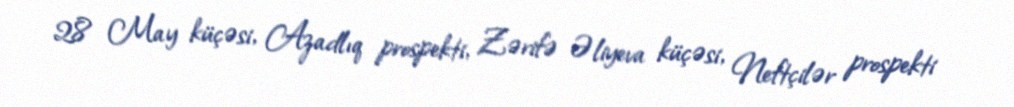
28 May küçəsi, Azadlıq prospekti, Zərifə Əliyeva küçəsi, Neftçilər prospekti